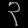
Digit: ၃